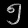
Digit: ၅